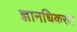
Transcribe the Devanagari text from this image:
ज्ञानधिकरण